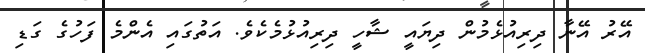
އޭރު އޭނާ ދިރިއުޅެމުން ދިޔައީ ޝާހީ ދިރިއުޅުމެކެވެ. އަތުގައި އެންމެ ފަހުގެ ގަޑި